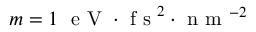
m = 1 ~ \mathrm { ~ e ~ V ~ } \cdot \mathrm { ~ f ~ s ~ } ^ { 2 } \cdot \mathrm { ~ n ~ m ~ } ^ { - 2 }